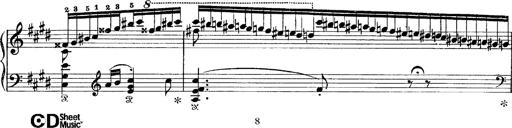
Title: Tarantelle di bravura dâ€™aprÃ¨s la tarantelle de La muette de Portici
Composer: Franz Liszt